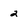
Character: 2